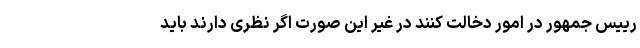
رییس جمهور در امور دخالت کنند در غیر این صورت اگر نظری دارند باید